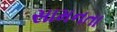
સામનતા